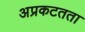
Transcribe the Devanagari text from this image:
अप्रकटतता